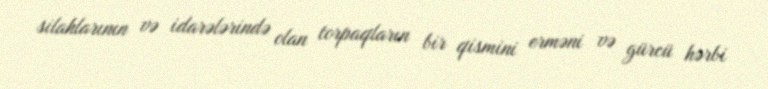
silahlarının və idarələrində olan torpaqların bir qismini erməni və gürcü hərbi